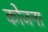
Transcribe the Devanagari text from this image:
कोजना